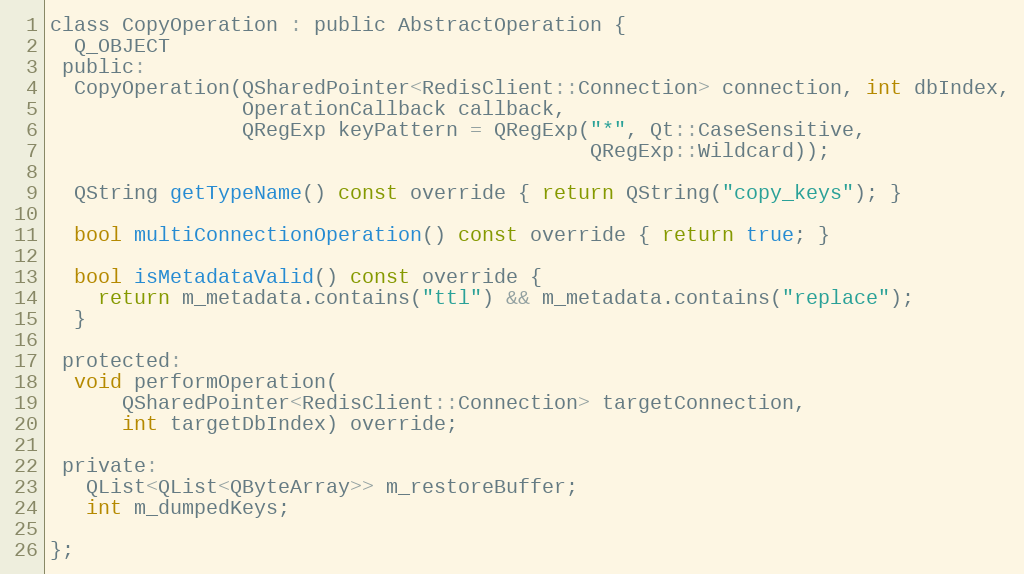
Language: C
class CopyOperation : public AbstractOperation {
  Q_OBJECT
 public:
  CopyOperation(QSharedPointer<RedisClient::Connection> connection, int dbIndex,
                OperationCallback callback,
                QRegExp keyPattern = QRegExp("*", Qt::CaseSensitive,
                                             QRegExp::Wildcard));

  QString getTypeName() const override { return QString("copy_keys"); }

  bool multiConnectionOperation() const override { return true; }

  bool isMetadataValid() const override {
    return m_metadata.contains("ttl") && m_metadata.contains("replace");
  }

 protected:
  void performOperation(
      QSharedPointer<RedisClient::Connection> targetConnection,
      int targetDbIndex) override;

 private:
   QList<QList<QByteArray>> m_restoreBuffer;
   int m_dumpedKeys;

};